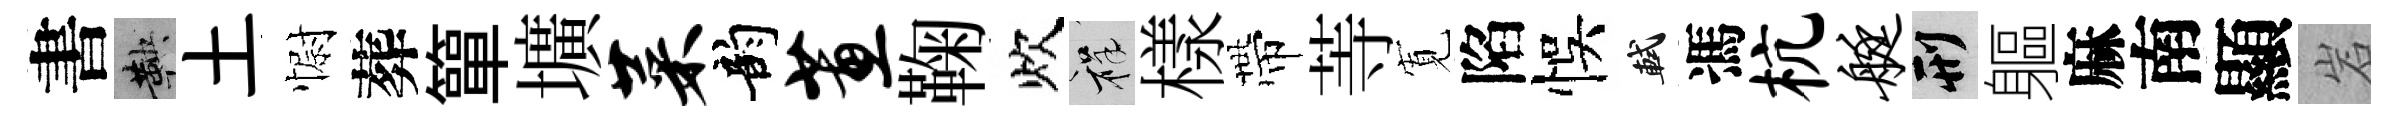
書鞅土𢠢葬簞壙菜韵蕙鞠炊祥樣帶䓁𡩖陷悞軾馮杭艇刑軀麻南顯岩